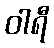
ဝါရီ